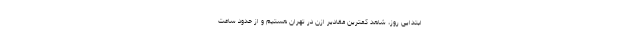
ابتدایی روز، شاهد کمترین مقادیر ازن در تهران هستیم و از حدود ساعت